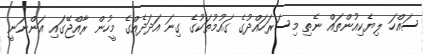
ސައްހަ ލިޔެކިއުންތައް ނެތި މިސަރަހައްދުގެ ގައުމުތަކުގެ ގިނަ އަދަދެއްގެ މީހުން ރާއްޖޭގައި އަންނަނީ